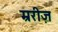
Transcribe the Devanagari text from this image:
म्ररीज़